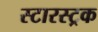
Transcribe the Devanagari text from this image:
स्टारस्ट्रक